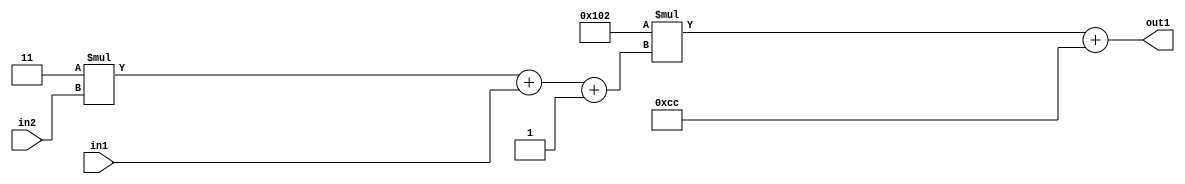
`timescale 1ps / 1ps
/*****************************************************************************
    Verilog RTL Description
    
    
    Created by: Stratus DpOpt 2019.1.01 
*******************************************************************************/

module DC_Filter_Add2i204Mul2i258Add3i1u1Mul2i3u2_1 (
	in2,
	in1,
	out1
	); /* architecture "behavioural" */ 
input [1:0] in2;
input  in1;
output [11:0] out1;
wire [11:0] asc001;
wire [3:0] asc002;

wire [3:0] asc002_tmp_0;
wire [3:0] asc002_tmp_1;
assign asc002_tmp_1 = 
	+(4'B0011 * in2);
assign asc002_tmp_0 = asc002_tmp_1
	+(in1);
assign asc002 = asc002_tmp_0
	+(4'B0001);

wire [11:0] asc001_tmp_2;
assign asc001_tmp_2 = 
	+(12'B000100000010 * asc002);
assign asc001 = asc001_tmp_2
	+(12'B000011001100);

assign out1 = asc001;
endmodule

/* CADENCE  vrTwSQA= : u9/ySgnWtBlWxVPRXgAZ4Og= ** DO NOT EDIT THIS LINE ******/